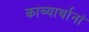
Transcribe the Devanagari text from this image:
काव्यार्थानां